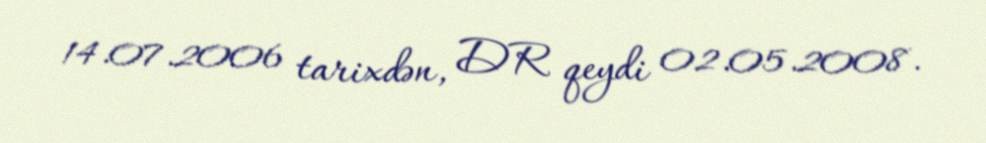
14.07.2006 tarixdən, DR qeydi 02.05.2008.